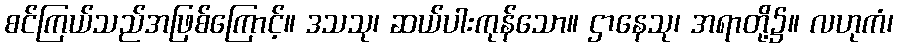
စင်ကြယ်သည်အဖြစ်ကြောင့်။ ဒသသု၊ ဆယ်ပါးကုန်သော။ ဌာနေသု၊ အရာတို့၌။ လဟုကံ၊